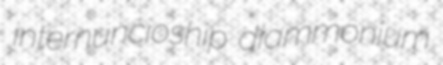
internuncioship diammonium